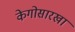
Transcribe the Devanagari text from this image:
केगोसारखा